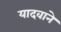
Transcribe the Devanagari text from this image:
यादवाने